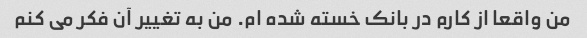
من واقعا از کارم در بانک خسته شده ام. من به تغییر آن فکر می کنم